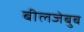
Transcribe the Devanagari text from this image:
बीलजेबुब